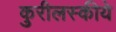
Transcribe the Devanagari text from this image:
कुरीलस्कीये